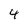
Character: 4